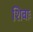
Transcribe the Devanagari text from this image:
शिवाः